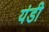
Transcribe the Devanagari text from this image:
यंडी